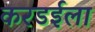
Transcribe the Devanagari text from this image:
करडईला